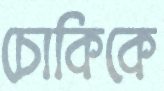
চোকিকে